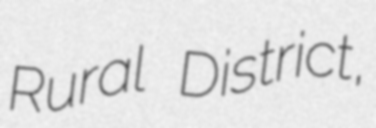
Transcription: Rural District,